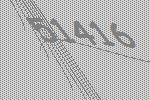
51416